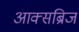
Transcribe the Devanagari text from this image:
आक्सब्रिज